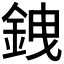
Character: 𫒗